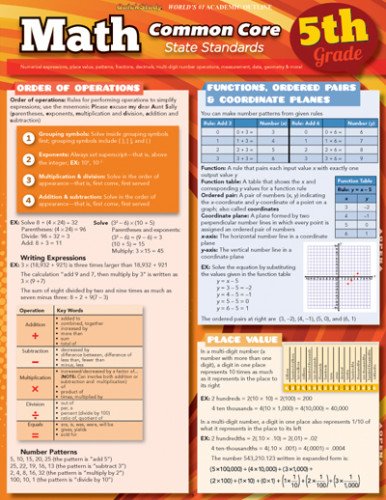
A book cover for Math Common Core 5Th Grade (Quick Study: Academic); Inc. BarCharts; Science & Math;